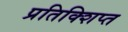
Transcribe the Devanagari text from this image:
प्रतिक्शिप्त